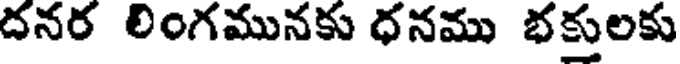
దనర లింగమునకు ధనము భకులకు